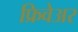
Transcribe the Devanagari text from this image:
फ्रिवेअर